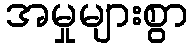
အမှုများစွာ